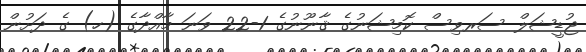
ޖުޑީޝަލް ސަރވިސް ކޮމިޝަނުގެ ޤާނޫނުގެ 1-22 ވަނަ މާއްދާގެ (ހ) ގެ ދަށުން